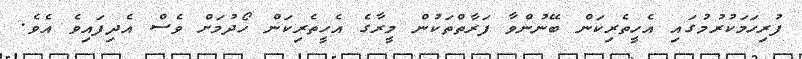
ފުރިހަމަކުރުމުގައި އެހީތެރިކަން ބޭނުންވާ ފަރާތްތަކުން މީރާގެ އެހީތެރިކަން ހޯދުމަށް ވެސް އެދިފައިވެ އެވެ.